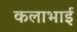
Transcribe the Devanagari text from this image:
कलाभाई